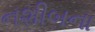
નશીબના